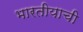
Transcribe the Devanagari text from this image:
भारतीयाची